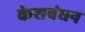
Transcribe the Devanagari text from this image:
केशबंधन